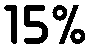
15%